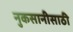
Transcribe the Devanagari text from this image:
नुकसानीसाठी